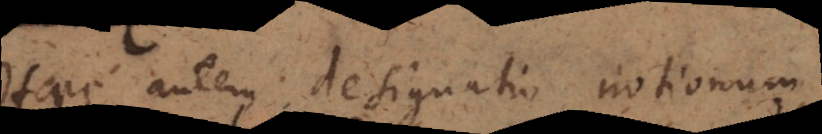
Haec autem designatio notionum